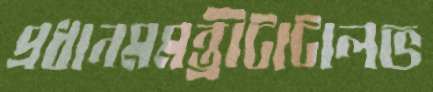
প্রধানমমন্ত্রীটাটালভ